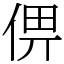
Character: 㑭